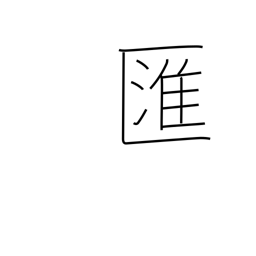
Meaning: swirl